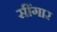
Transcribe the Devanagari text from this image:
सींगार